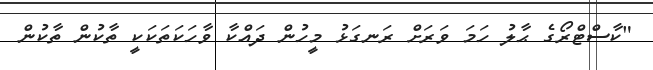
"ކާސްޓްރޯގެ ޙާލު ހަމަ ވަރަށް ރަނގަޅު މީހުން ދައްކާ ވާހަކަތަކަކީ ތާކުން ތާކުން